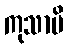
ကုသာပိ